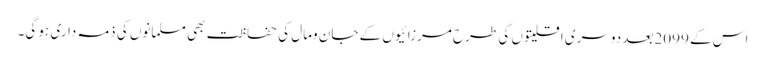
اس کے 2099بعد دوسری اقلیتوں کی طرح مرزائیوں کے جان ومال کی حفاظت بھی مسلمانوں کی ذمہ داری ہو گی۔